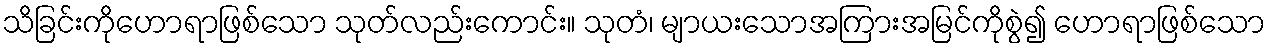
သိခြင်းကိုဟောရာဖြစ်သော သုတ်လည်းကောင်း။ သုတံ၊ မျာယးသောအကြားအမြင်ကိုစွဲ၍ ဟောရာဖြစ်သော